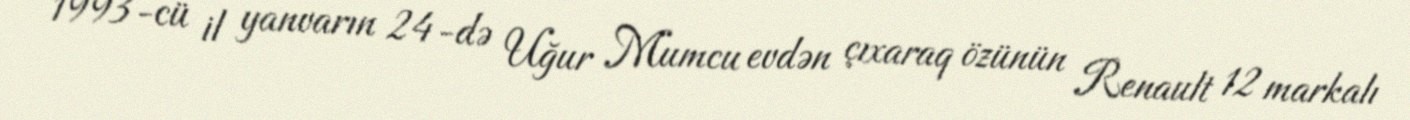
1993-cü il yanvarın 24-də Uğur Mumcu evdən çıxaraq özünün Renault 12 markalı